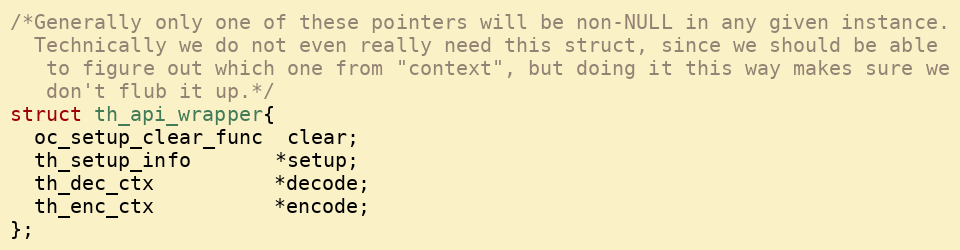
Language: C
/*Generally only one of these pointers will be non-NULL in any given instance.
  Technically we do not even really need this struct, since we should be able
   to figure out which one from "context", but doing it this way makes sure we
   don't flub it up.*/
struct th_api_wrapper{
  oc_setup_clear_func  clear;
  th_setup_info       *setup;
  th_dec_ctx          *decode;
  th_enc_ctx          *encode;
};